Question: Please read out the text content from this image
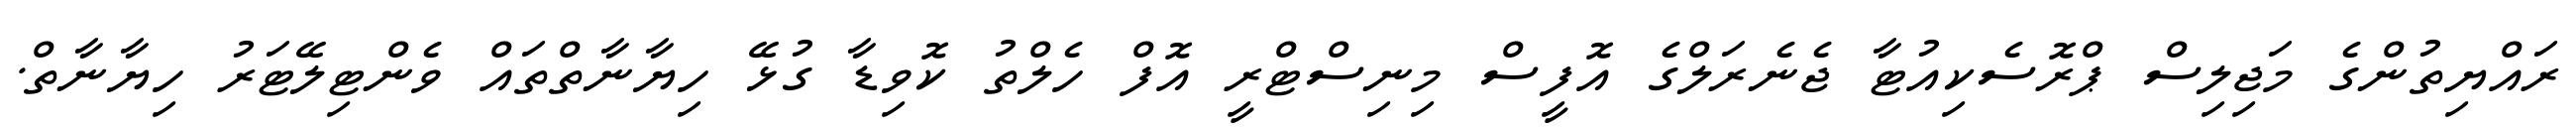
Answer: ރައްޔިތުންގެ މަޖިލިސް ޕްރޮސެކިއުޓާ ޖެނެރަލްގެ އޮފީސް މިނިސްޓްރީ އޮފް ހެލްތު ކޮވިޑާ ގުޅޭ ހިޔާނާތްތައް ވެންޓިލޭޓަރު ހިޔާނާތް.